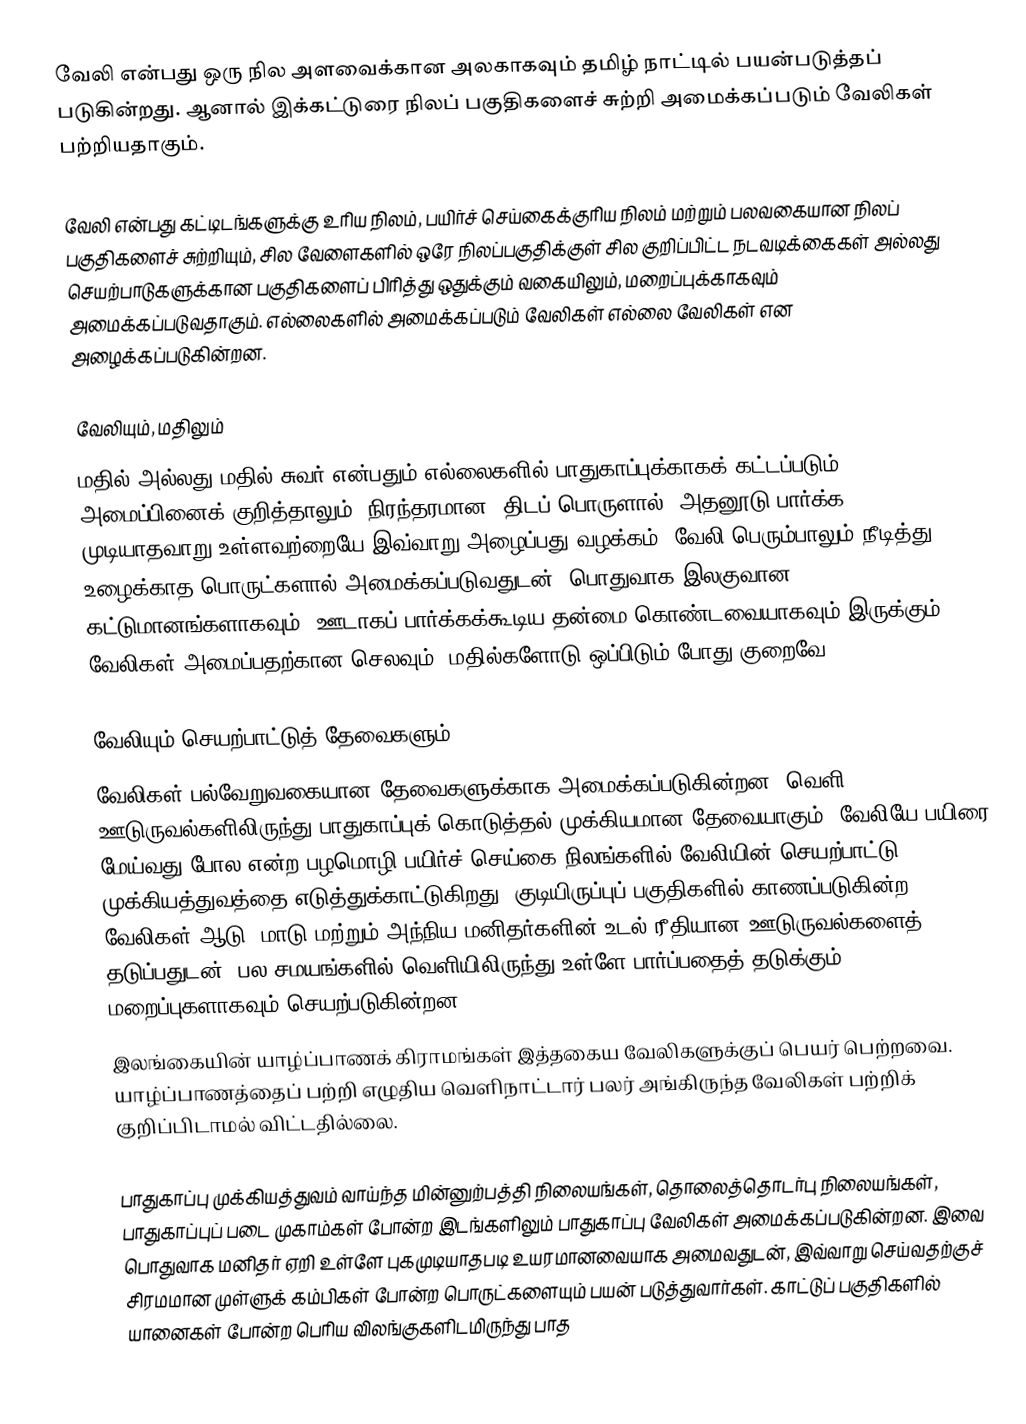
வேலி என்பது ஒரு நில அளவைக்கான அலகாகவும் தமிழ் நாட்டில் பயன்படுத்தப் படுகின்றது. ஆனால் இக்கட்டுரை நிலப் பகுதிகளைச் சுற்றி அமைக்கப்படும் வேலிகள் பற்றியதாகும்.

வேலி என்பது கட்டிடங்களுக்கு உரிய நிலம், பயிர்ச் செய்கைக்குரிய நிலம் மற்றும் பலவகையான நிலப் பகுதிகளைச் சுற்றியும், சில வேளைகளில் ஒரே நிலப்பகுதிக்குள் சில குறிப்பிட்ட நடவடிக்கைகள் அல்லது செயற்பாடுகளுக்கான பகுதிகளைப் பிரித்து ஒதுக்கும் வகையிலும், மறைப்புக்காகவும் அமைக்கப்படுவதாகும். எல்லைகளில் அமைக்கப்படும் வேலிகள் எல்லை வேலிகள் என அழைக்கப்படுகின்றன.

வேலியும், மதிலும்
மதில் அல்லது மதில் சுவர் என்பதும் எல்லைகளில் பாதுகாப்புக்காகக் கட்டப்படும் அமைப்பினைக் குறித்தாலும், நிரந்தரமான, திடப் பொருளால், அதனூடு பார்க்க முடியாதவாறு உள்ளவற்றையே இவ்வாறு அழைப்பது வழக்கம். வேலி பெரும்பாலும் நீடித்து உழைக்காத பொருட்களால் அமைக்கப்படுவதுடன், பொதுவாக இலகுவான கட்டுமானங்களாகவும், ஊடாகப் பார்க்கக்கூடிய தன்மை கொண்டவையாகவும் இருக்கும். வேலிகள் அமைப்பதற்கான செலவும், மதில்களோடு ஒப்பிடும் போது குறைவே.

வேலியும் செயற்பாட்டுத் தேவைகளும்
வேலிகள் பல்வேறுவகையான தேவைகளுக்காக அமைக்கப்படுகின்றன. வெளி ஊடுருவல்களிலிருந்து பாதுகாப்புக் கொடுத்தல் முக்கியமான தேவையாகும். வேலியே பயிரை மேய்வது போல என்ற பழமொழி பயிர்ச் செய்கை நிலங்களில் வேலியின் செயற்பாட்டு முக்கியத்துவத்தை எடுத்துக்காட்டுகிறது. குடியிருப்புப் பகுதிகளில் காணப்படுகின்ற வேலிகள் ஆடு, மாடு மற்றும் அந்நிய மனிதர்களின் உடல் ரீதியான ஊடுருவல்களைத் தடுப்பதுடன், பல சமயங்களில் வெளியிலிருந்து உள்ளே பார்ப்பதைத் தடுக்கும் மறைப்புகளாகவும் செயற்படுகின்றன.
இலங்கையின் யாழ்ப்பாணக் கிராமங்கள் இத்தகைய வேலிகளுக்குப் பெயர் பெற்றவை. யாழ்ப்பாணத்தைப் பற்றி எழுதிய வெளிநாட்டார் பலர் அங்கிருந்த வேலிகள் பற்றிக் குறிப்பிடாமல் விட்டதில்லை.

பாதுகாப்பு முக்கியத்துவம் வாய்ந்த மின்னுற்பத்தி நிலையங்கள், தொலைத்தொடர்பு நிலையங்கள், பாதுகாப்புப் படை முகாம்கள் போன்ற இடங்களிலும் பாதுகாப்பு வேலிகள் அமைக்கப்படுகின்றன. இவை பொதுவாக மனிதர் ஏறி உள்ளே புகமுடியாதபடி உயரமானவையாக அமைவதுடன், இவ்வாறு செய்வதற்குச் சிரமமான முள்ளுக் கம்பிகள் போன்ற பொருட்களையும் பயன் படுத்துவார்கள். காட்டுப் பகுதிகளில் யானைகள் போன்ற பெரிய விலங்குகளிடமிருந்து பாத